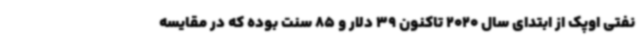
نفتی اوپک از ابتدای سال 2020 تاکنون 39 دلار و 85 سنت بوده که در مقایسه